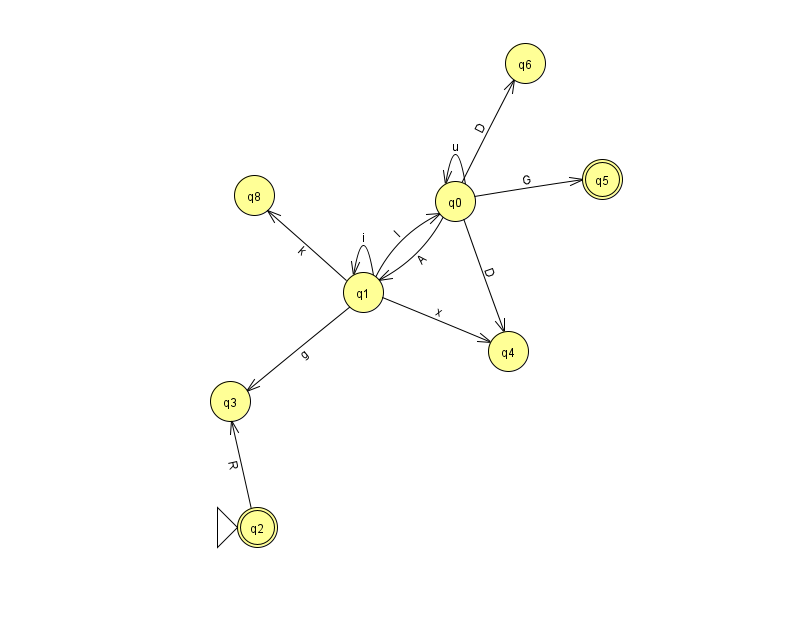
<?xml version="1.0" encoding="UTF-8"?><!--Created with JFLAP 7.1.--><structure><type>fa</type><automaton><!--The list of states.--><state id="0" name="q0"><x>455.0</x><y>188.0</y></state><state id="1" name="q1"><x>363.0</x><y>279.0</y></state><state id="2" name="q2"><x>257.0</x><y>514.0</y><initial/><final/></state><state id="3" name="q3"><x>230.0</x><y>388.0</y></state><state id="4" name="q4"><x>508.0</x><y>338.0</y></state><state id="5" name="q5"><x>602.0</x><y>166.0</y><final/></state><state id="6" name="q6"><x>525.0</x><y>50.0</y></state><state id="8" name="q8"><x>254.0</x><y>182.0</y></state><!--The list of transitions.--><transition><from>0</from><to>1</to><read>A</read></transition><transition><from>0</from><to>5</to><read>G</read></transition><transition><from>2</from><to>3</to><read>R</read></transition><transition><from>0</from><to>4</to><read>D</read></transition><transition><from>0</from><to>0</to><read>u</read></transition><transition><from>1</from><to>3</to><read>g</read></transition><transition><from>1</from><to>1</to><read>i</read></transition><transition><from>1</from><to>4</to><read>x</read></transition><transition><from>1</from><to>0</to><read>l</read></transition><transition><from>0</from><to>6</to><read>D</read></transition><transition><from>1</from><to>8</to><read>k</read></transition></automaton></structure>